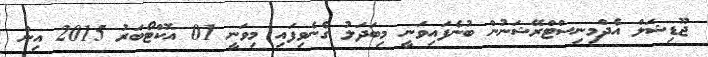
ޖޫޑިޝަލް އެދްމިނިސްޓްރޭޝަނުން ބުނެފައިވަނީ މިބަދަލު ގެނެވިފައި މިވަނީ 01 އޮކްޓޯބަރު 2015 އިން